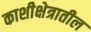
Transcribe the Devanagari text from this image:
काशीक्षेत्रातील